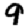
Digit: 9